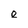
Character: e